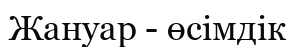
Жануар - өсімдік